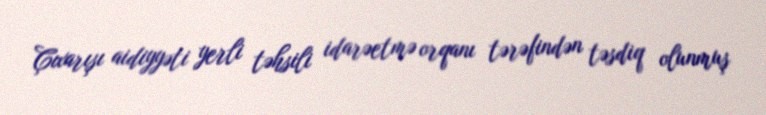
Çıxarışı aidiyyəti yerli təhsili idarəetmə orqanı tərəfindən təsdiq olunmuş